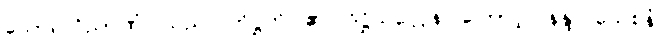
သော။ ဝိညာဏံ၊ သည်။ တိဋ္ဌတိ၊ ၏။ ဒိဋ္ဌိသလ္လေန၊ ကြောင့်။ နန္ဒူပသေစနံ၊